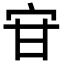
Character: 𭓣